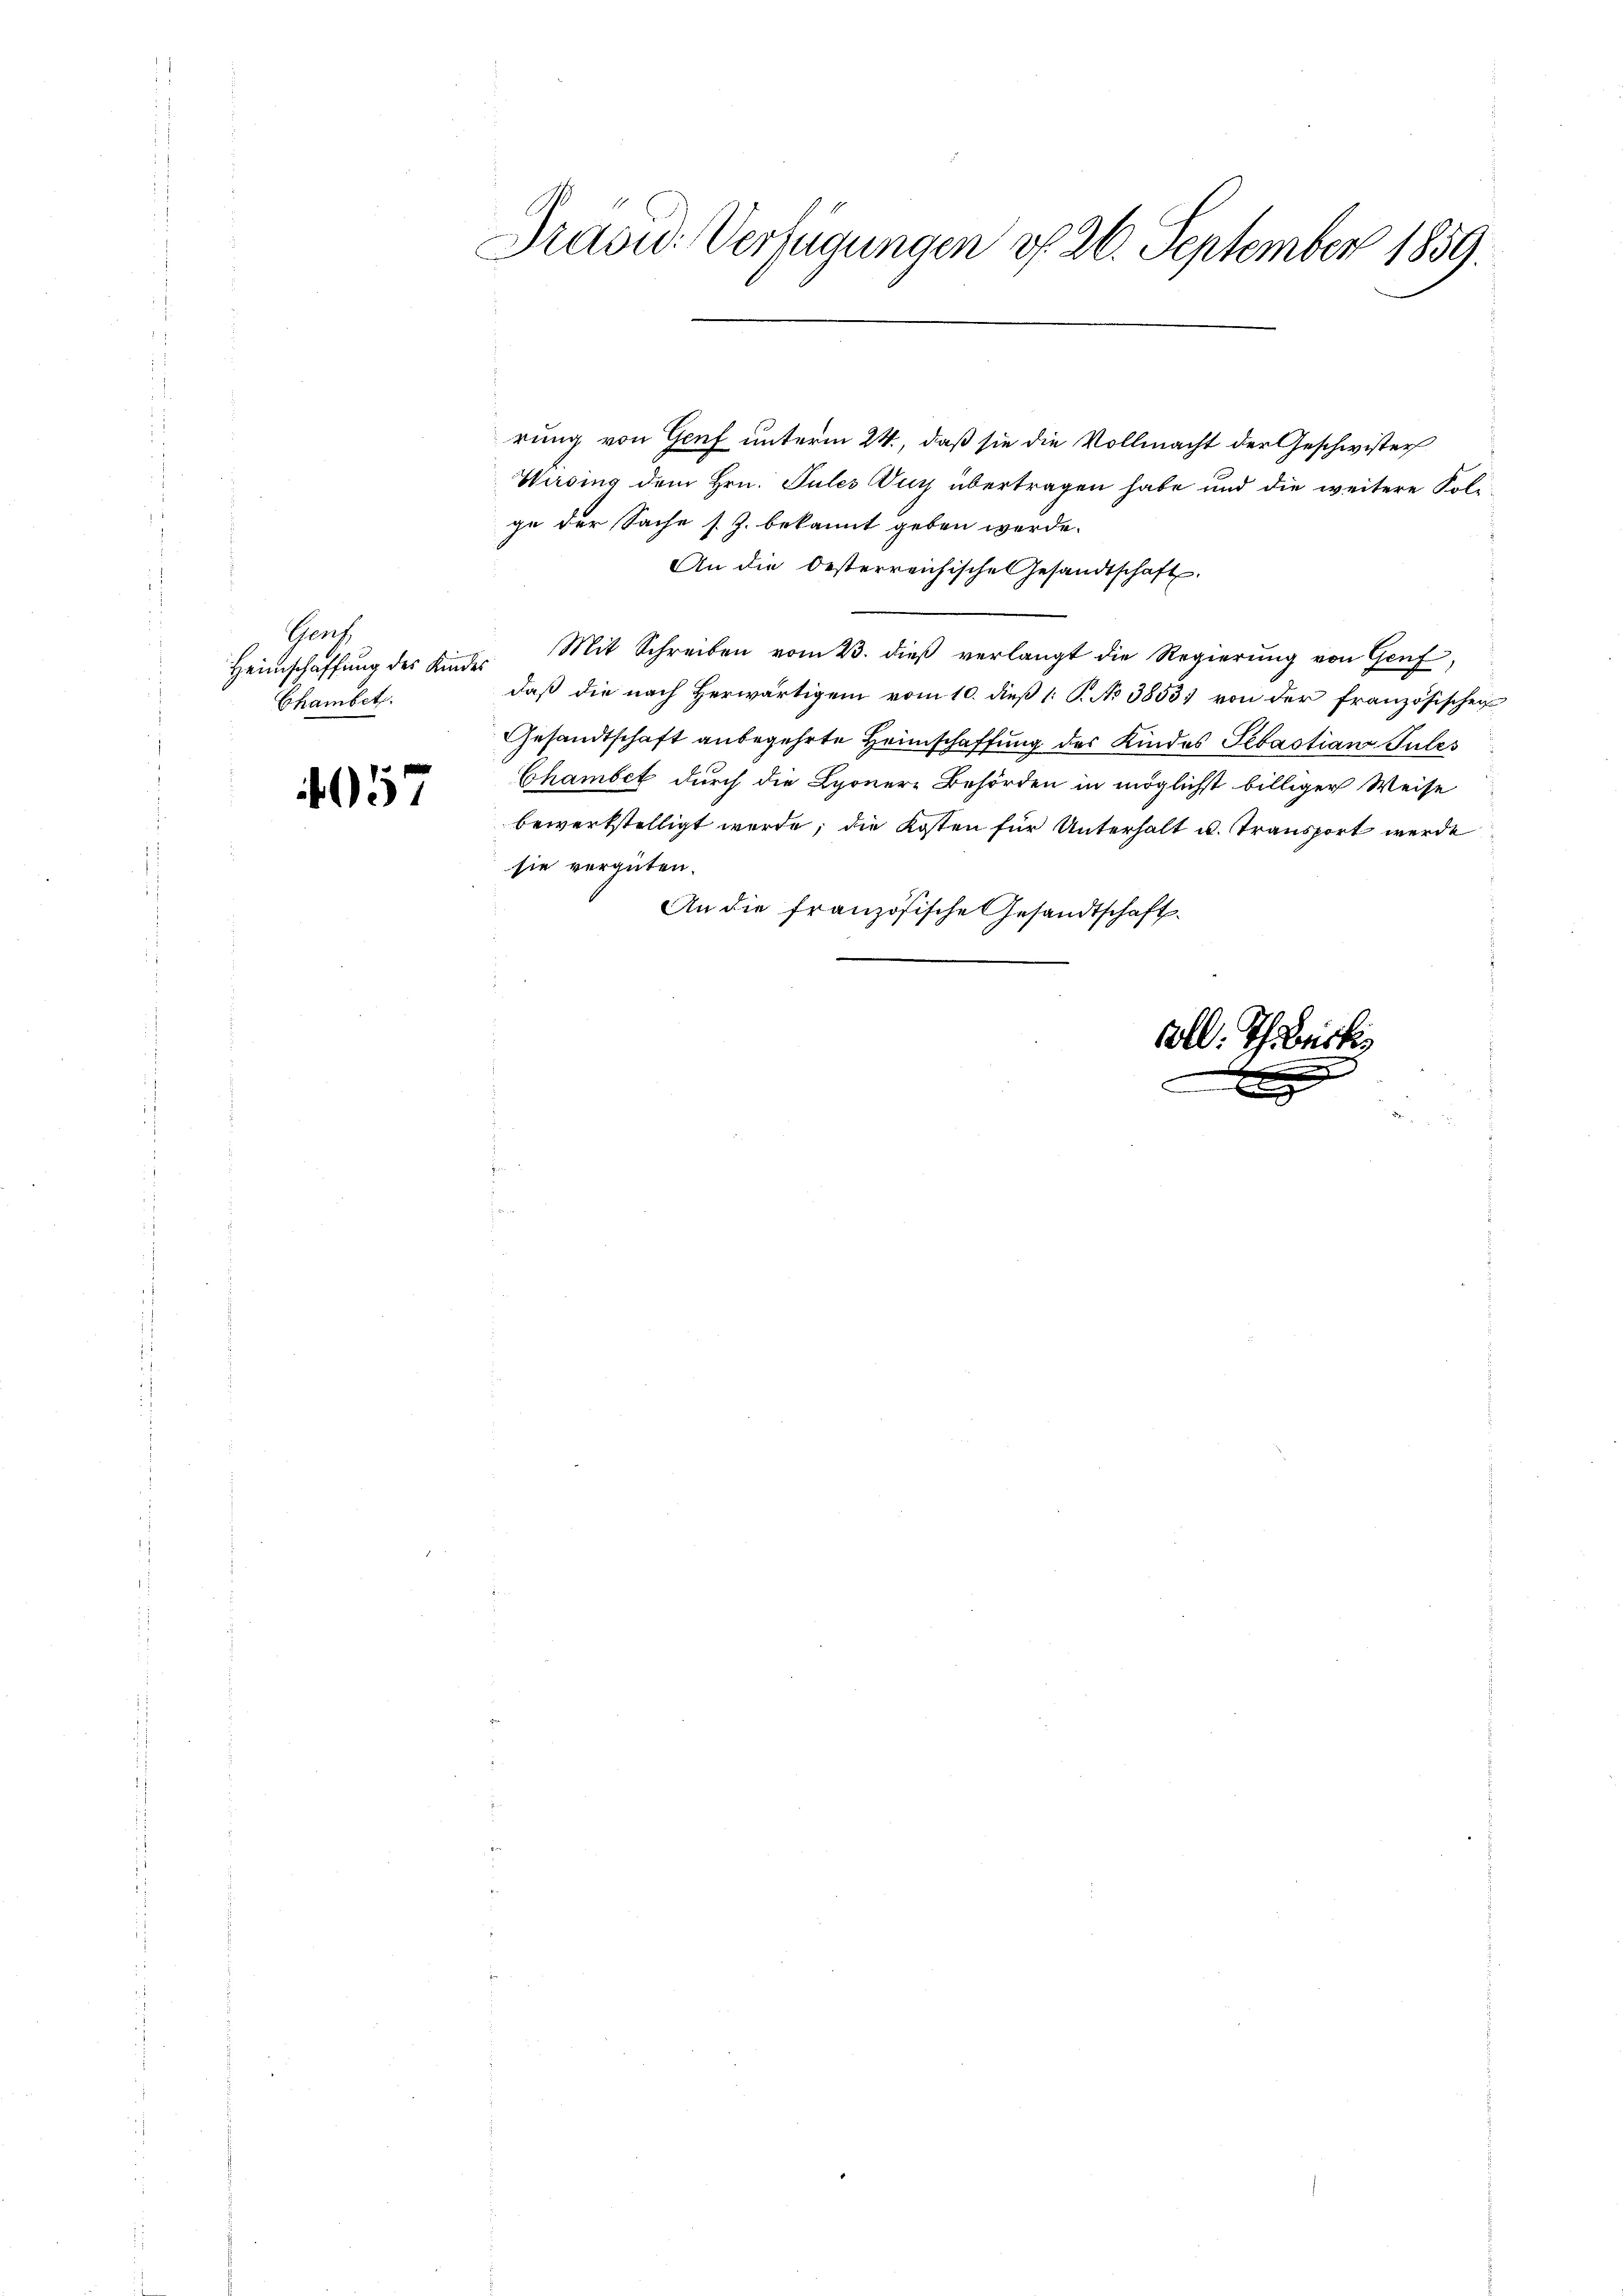
Grach
Heimschaffung des Kindes
Chambet.

057

Draoud: Verfügungen do 26. September 1859.
21 21 x

rung von Genf unterm 24., daß sie die Vollmacht der Geschwister
Wirsing dem Hrn. Pules ur übertragen habe und die weitere Kolge der Sache s. Z. bekannt geben werde.
An die Oesterreichische Gesandtschaft.
Mit Schreiben vom 23. dieß verlangt die Regierung von Genf,
daß die nach Herwärtigem vom 10. dieß 1 S. No 3853) von der französischen
Gesandtschaft anbegehrte Heimschaffung des Kindes Sebastian Pules
Chambet durch die Lyonere Behörden in möglichst billiger Weise
bewerkstelligt werde; die Kosten für Unterhalt u. Transport werde
sie vergüten.
An die französische Gesandtschaft.

1340

.G.

briste